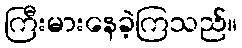
ကြီးမားနေခဲ့ကြသည်။